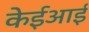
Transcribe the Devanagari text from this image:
केईआई